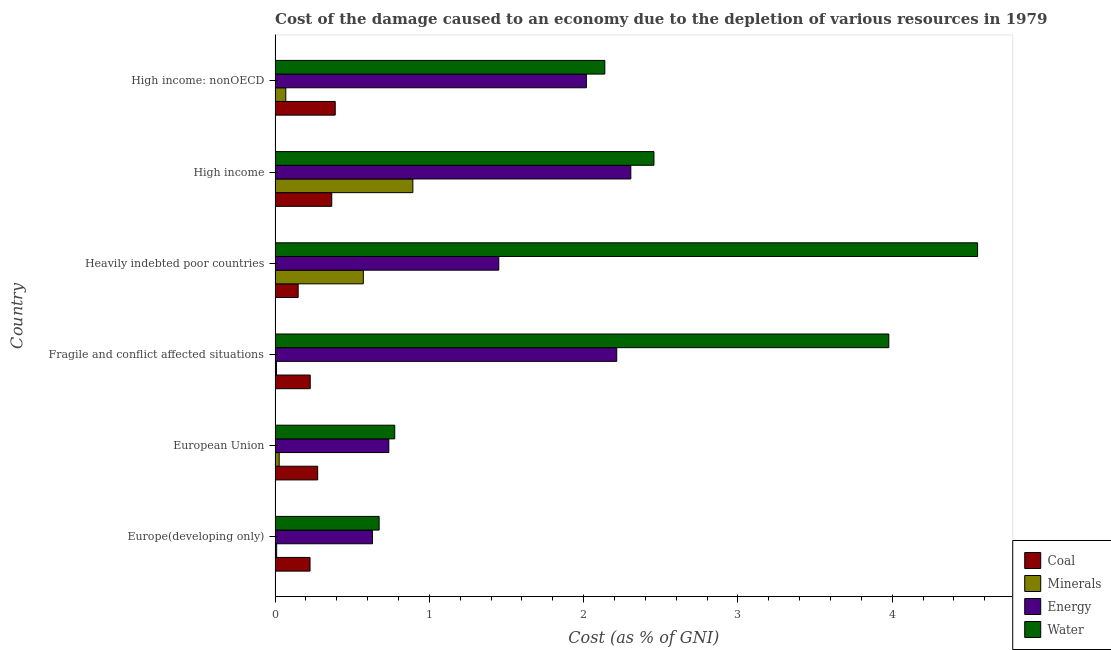
| Country | Coal | Minerals | Energy | Water |
 | --- | --- | --- | --- | --- |
 | Europe(developing only) | 0.227 | 0.0101 | 0.631 | 0.674 |
 | European Union | 0.276 | 0.0266 | 0.737 | 0.776 |
 | Fragile and conflict affected situations | 0.228 | 0.00928 | 2.21 | 3.98 |
 | Heavily indebted poor countries | 0.15 | 0.572 | 1.45 | 4.55 |
 | High income | 0.367 | 0.893 | 2.31 | 2.46 |
 | High income: nonOECD | 0.39 | 0.0696 | 2.02 | 2.14 |